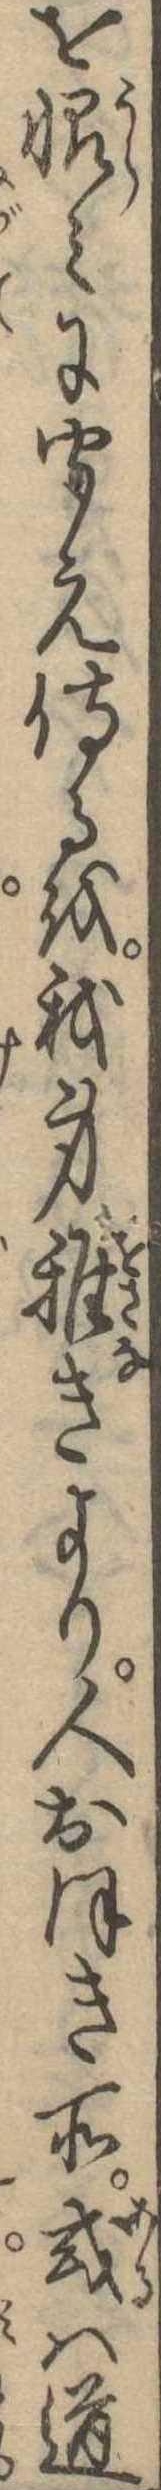
を恨みに聞え侍るを我身稚きより人おほき所或は道